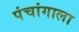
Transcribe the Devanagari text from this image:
पंचांगाला